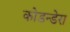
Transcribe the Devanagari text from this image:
कोडन्डेरा